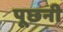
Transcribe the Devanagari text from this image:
पूछनी